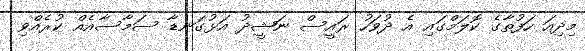
މިދިއަ ހަފުތާގެ ކޮލަމްގައި އެ ދުވަހު ރައީސް ނަޝީދު އަޅުގަނޑާ ސަމާސާއެއް ކުރެއްވި